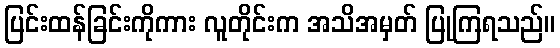
ပြင်းထန်ခြင်းကိုကား လူတိုင်းက အသိအမှတ် ပြုကြရသည်။